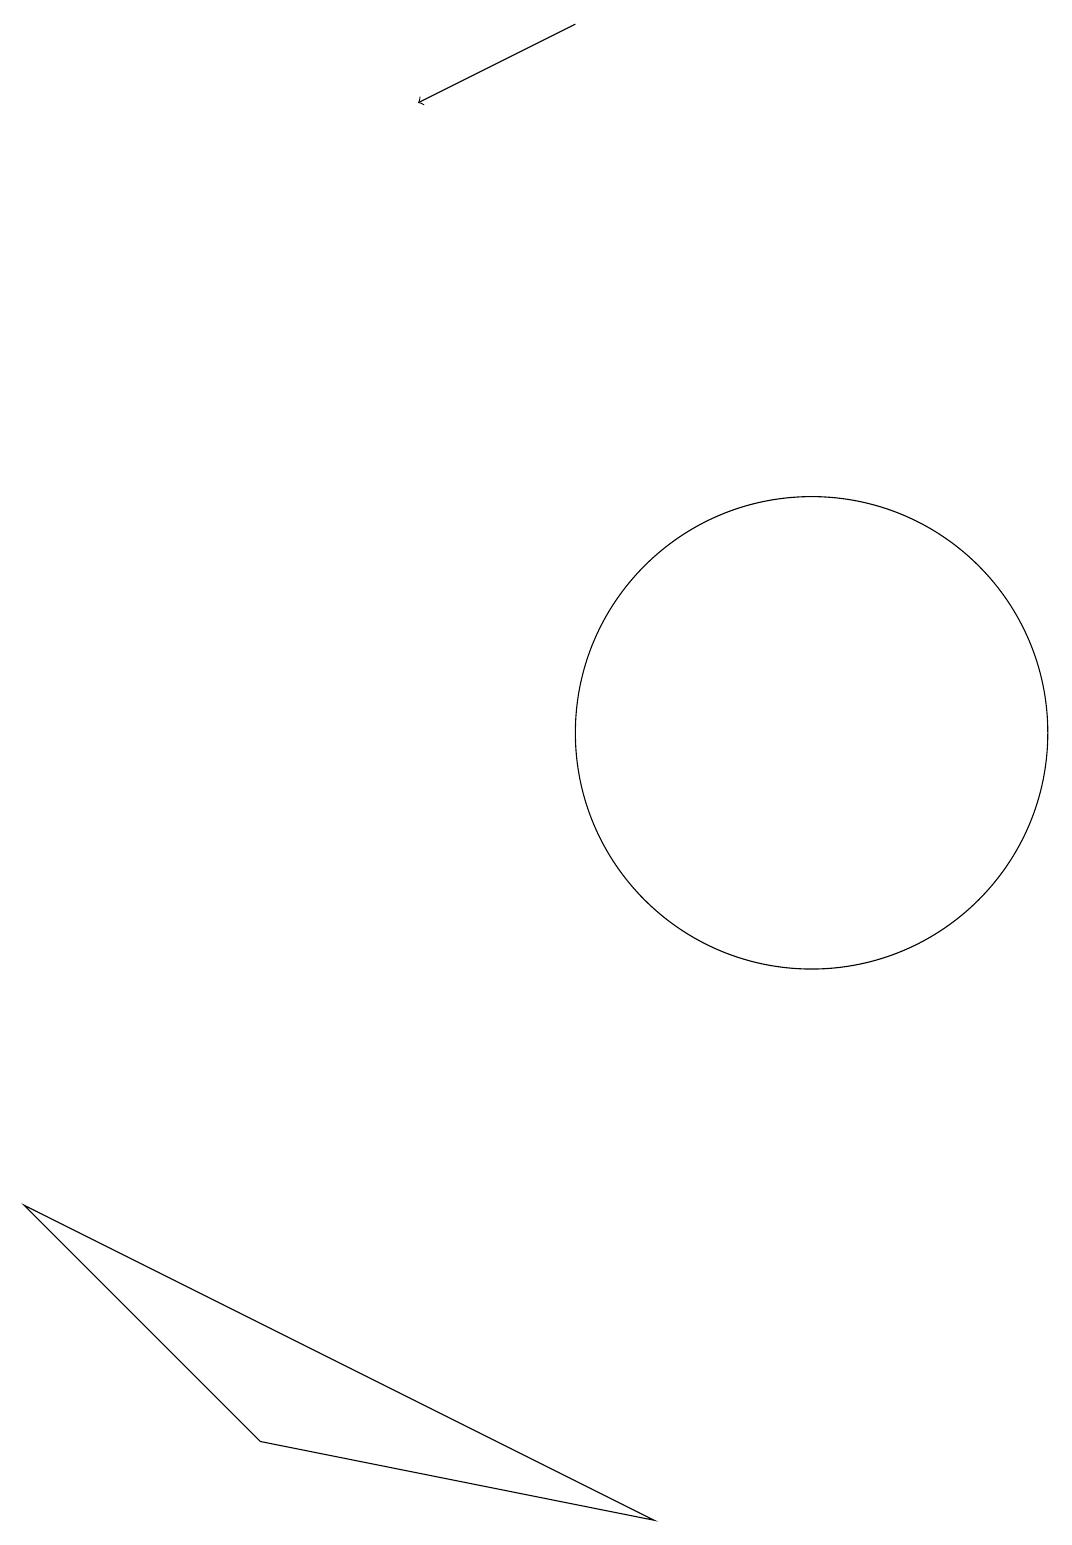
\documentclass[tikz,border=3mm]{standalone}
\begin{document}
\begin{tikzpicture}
\draw (0,4) -- (8,0) -- (3,1) -- cycle;
\draw[->] (7,19) -- (5,18);
\draw (10,10) circle (3);
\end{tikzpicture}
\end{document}